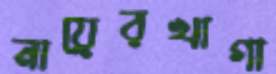
নায়েরখাগা